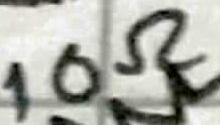
Text: 10Ω